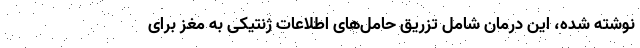
نوشته شده، این درمان شامل تزریق حامل‌های اطلاعات ژنتیکی به مغز برای